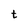
Character: t